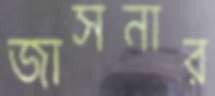
জাসনার